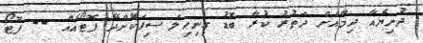
ދުނިޔެއާ ދިމާއަށް ދަތުރު ކުރާ ބޮޑު ގިނިހިލަ ސިފަކޮށްދޭ ފޮޓޯއެއް -- ފޮޓޯ